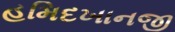
હમિદખાનજી